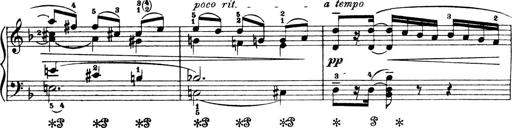
Title: 4 Sonatines
Composer: Max Reger